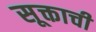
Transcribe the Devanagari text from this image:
सूक्ताची